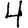
Digit: 4